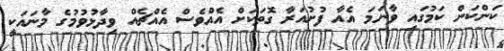
ކަންކަން ކަމުގައި ވާނަމަ އެއާ ފުށުއަރާ ގޮތަކަށް އެއްވެސް އެއްޗެއް ވިދާޅުވުމުގެ މާނައަކީ